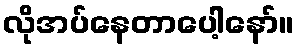
လိုအပ်နေတာပေါ့နော်။